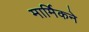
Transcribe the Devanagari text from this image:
मार्मिकने